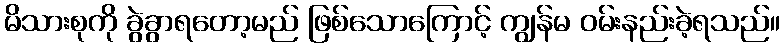
မိသားစုကို ခွဲခွာရတော့မည် ဖြစ်သောကြောင့် ကျွန်မ ဝမ်းနည်းခဲ့ရသည်။